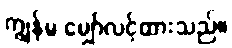
ကျွန်မ မျှော်လင့်ထားသည်။